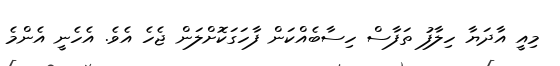
މިއީ އާދަޔާ ހިލާފު ތަފާސް ހިސާބެއްކަން ފާހަގަކޮށްލަން ޖެހެ އެވެ. އެހެނީ އެންމެ